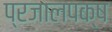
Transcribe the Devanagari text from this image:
प्रजालपक्ष